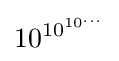
10^{\,\!10^{10^{...}}}